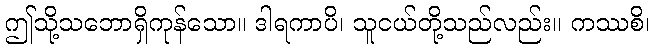
ဤသို့သဘောရှိကုန်သော။ ဒါရကာပိ၊ သူငယ်တို့သည်လည်း။ ကဿစိ၊